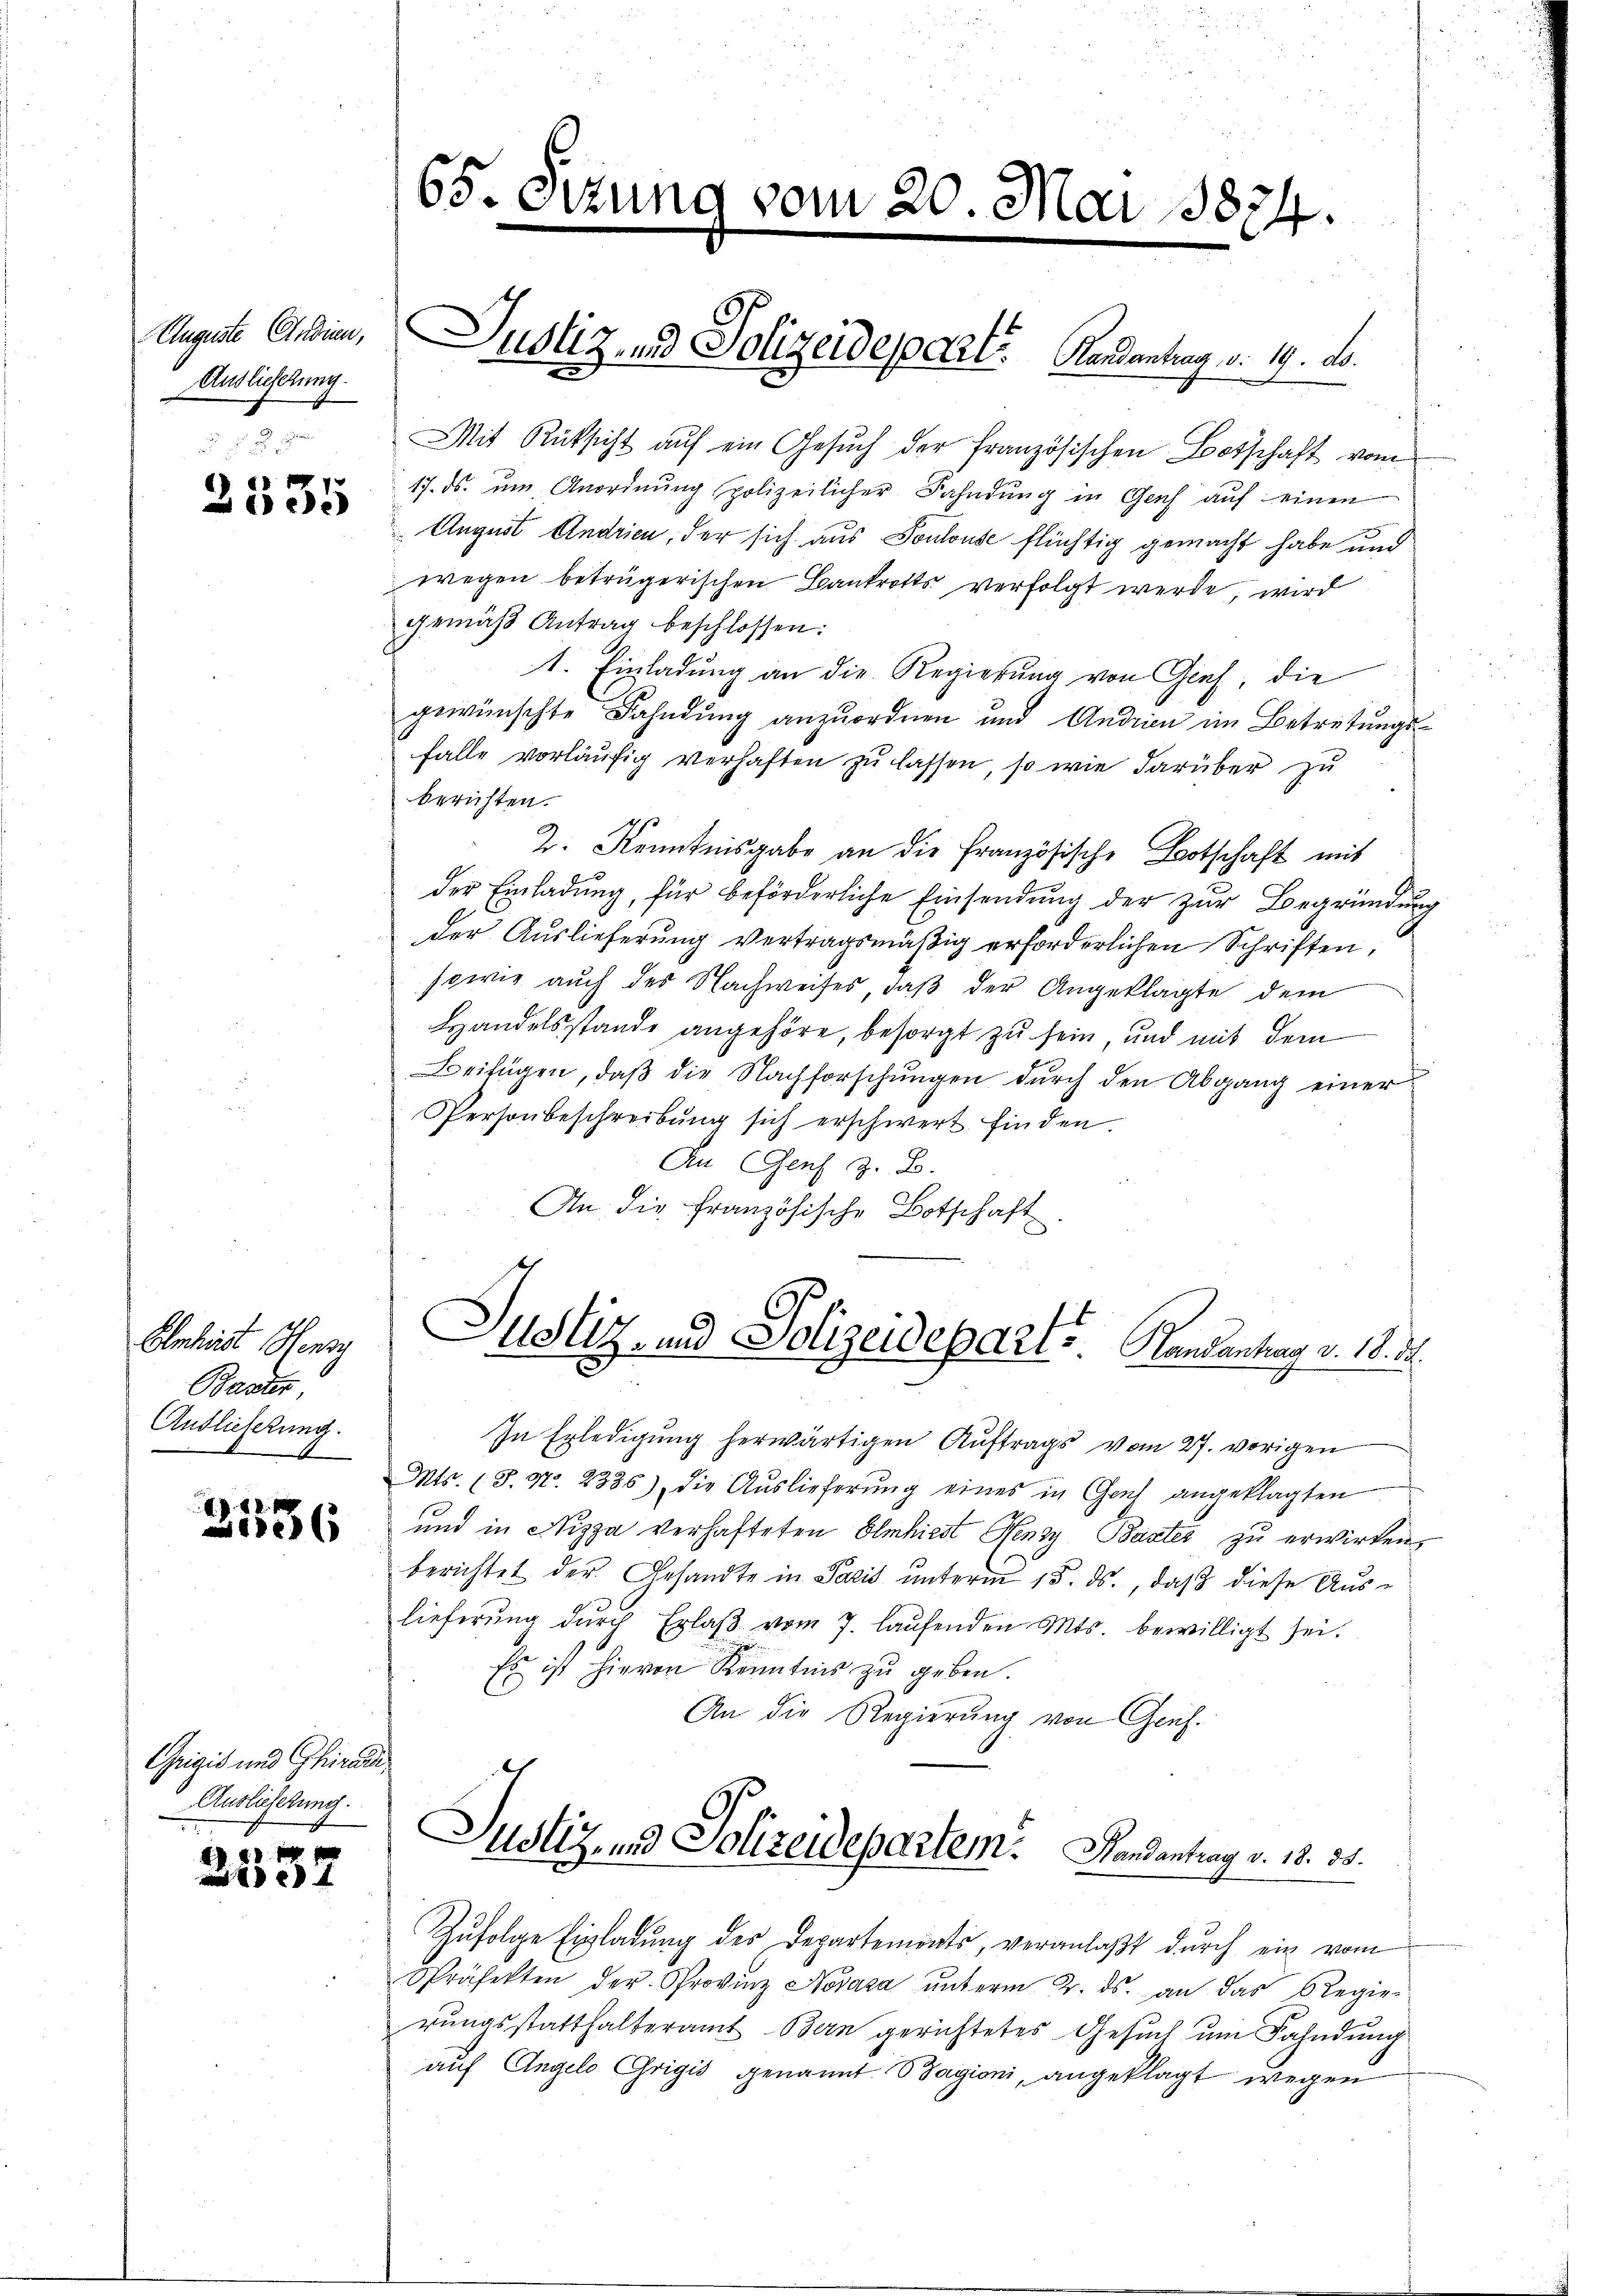
Auguste Studien,
Auslieferung.
 . .

2535

Elnheit Hensy
Bander,
Auslieferung.
.

. 82. 1
6(1

Grigis und Girard,
Auslieferung.

. 80.
7

65. Sizung vom 20. Mai 1874.

Mit Rüksicht auf ein Gesuch der Französischen Botschaft vom
17. ds. um Anordnung polizeilicher Fahndung in Genf auf einen
August Andrien, der sich aus Soulouse flüchtig gemacht habe und
wegen beträgerischen Bankrotts verfolgt werde, wird
gemäβ Antrag beschlossen:
1. Einladung an die Regierung von Gies, die
gewünschte Fahndung anzuordnen und Andrien im Betretungsfalle vorläŭfig verhaften zŭ lassen, so wie darüber zu
berichten.
p
2. Kenntnisgabe an die französische Botschaft mit
der Einladung, für beförderliche Einsendung der zur Begründung
der Auslieferung vertragsmäßig erforderlichen Schriften,
sowie auch des Nachweises, daß der Angeklagte dem
Handelsstande angehöre, besorgt zu sein, und mit dem
Beifügen, daß die Nachforschungen durch den Abgang einer
Person beschreibŭng sich erschwert finden.
An Genf z. B.
An die Französische Botschaft

Justiz und Polizeidepart. Kandantrag v. 19. d.
e

Justiz- und Polizeideparts Randantrag v. 18. d.

In Erledigung herwärtigen Auftrags vom 27. vorigen
Mts. (T. No. 2336) die Aŭslieferŭng eines in Genf angeklagten
und in Nizza verhafteten Elmhirst Henzy Baster zu erwirken,
berichtet der Gesandte in Pacis ŭnterm 15. ds., daß diese Auslieferŭng dŭrch Erlaβ vom 7. laŭfenden Mts. bewilligt sei.
Es ist hievon Kenntnis zŭ geben.
An die Regierung von Grüh-

Justiz, und Polizeidepartem. Handantrag v. 18. 58.

Zufolge Einladung des Departemonts, veranlaßt durch ein vom
Präfekten der Provinz Novasa unterm 2. ds. an das Regie-
rungsstatthalteramt Bern gerichtetes Gesuch um Fahndung
auf Angelo Origis genannt. Bagioni, angeklagt wegen